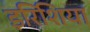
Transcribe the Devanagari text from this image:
इरिशिया